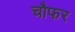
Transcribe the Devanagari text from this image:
चौफर